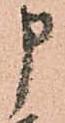
申